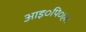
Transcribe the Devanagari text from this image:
आइ०पि०एल